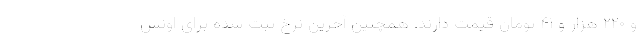
و ۲۲۰ هزار و ۴۱ تومان قیمت دارند. همچنین آخرین نرخ ثبت شده برای اونس